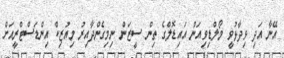
އޭނާ އަދި ވިދާޅުވީ މޯލްޑިވިއަން އައިޑޮލްގެ ތިން ސީޒަން ނިމިގެންދާއިރު މިއުޒިކް އިންޑަސްޓްރީއަށް